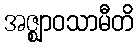
အဇ္ဈာဝသာမီတိ